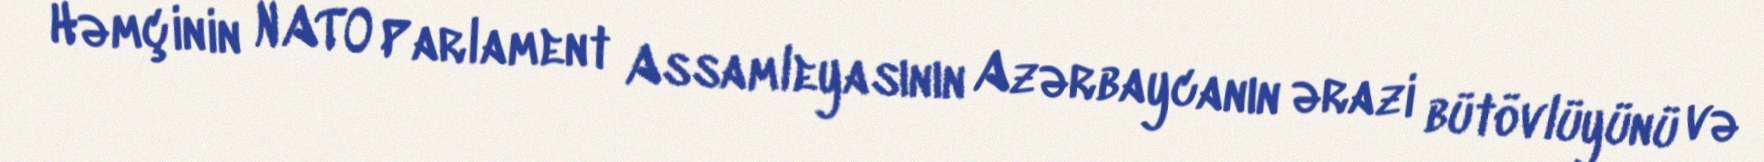
Həmçinin NATO Parlament Assamleyasının Azərbaycanın ərazi bütövlüyünü və